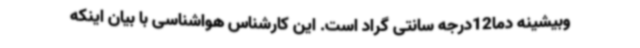
وبیشینه دما12درجه سانتی گراد است. این کارشناس هواشناسی با بیان اینکه